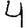
Digit: 4